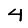
Digit: 4